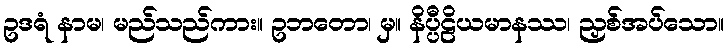
ဥဒရံ နာမ၊ မည်သည်ကား။ ဥဘတော၊ မှ။ နိပ္ပီဠိယမာနဿ၊ ညှစ်အပ်သော။